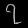
Digit: ၇